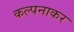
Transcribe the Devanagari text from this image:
कल्पनाकर